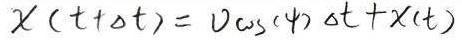
$\chi(t + \Delta t) = v \cos(\psi) \Delta t + \chi(t)$